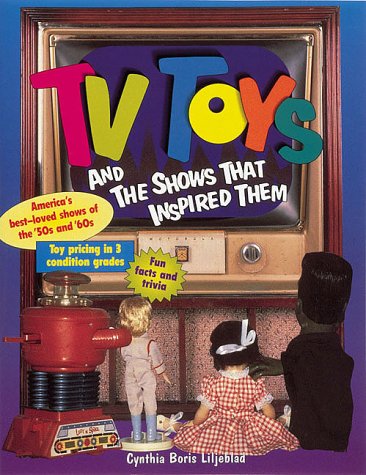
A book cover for TV Toys and the Shows That Inspired Them; Cynthia Boris; Crafts, Hobbies & Home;